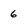
Character: 6